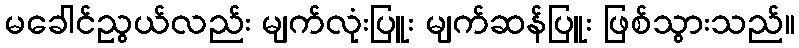
မခေါင်ညွယ်လည်း မျက်လုံးပြူး မျက်ဆန်ပြူး ဖြစ်သွားသည်။